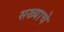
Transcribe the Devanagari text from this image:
सख्याचे